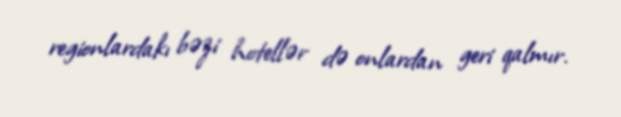
regionlardakı bəzi hotellər də onlardan geri qalmır.